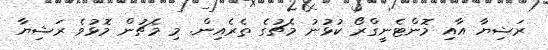
ރަޝިޔާ އާއި މޮންޓެނީގްރޯ ކުޅުނު މެޗުގެ ތެރެއިން. މި މެޗުން މޮޅުވެ ރަޝިޔާ